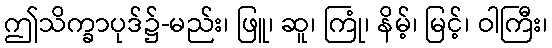
ဤသိက္ခာပုဒ်၌-မည်း၊ ဖြူ၊ ဆူ၊ ကြုံ၊ နိမ့်၊ မြင့်၊ ဝါကြီး၊